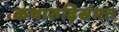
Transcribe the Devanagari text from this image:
कथारुढ़िसंमत